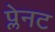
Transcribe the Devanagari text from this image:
प्लेनट